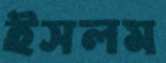
ইসলম